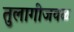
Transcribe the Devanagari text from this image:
तुलागीजवळ